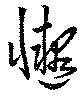
懝